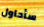
سأحاول